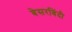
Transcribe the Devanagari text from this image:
बेसरबिंदी